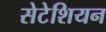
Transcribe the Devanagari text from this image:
सेटेशियन